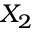
X _ { 2 }